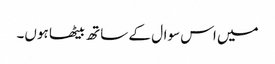
میں اس سوال کے ساتھ بیٹھا ہوں۔